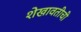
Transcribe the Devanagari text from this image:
शेखावतीची